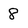
Character: 8